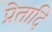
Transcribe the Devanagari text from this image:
प्रेतादि